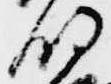
明